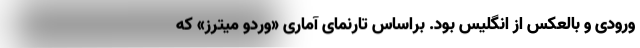
ورودی و بالعکس از انگلیس بود. براساس تارنمای آماری «وردو میترز» که